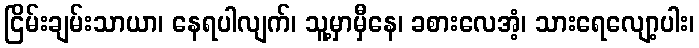
ငြိမ်းချမ်းသာယာ၊ နေရပါလျက်၊ သူ့မှာမှီနေ၊ ခစားလေအံ့၊ သားရေလျော့ပါး၊